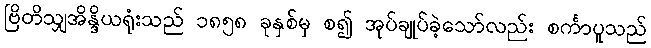
ဗြိတိသျှအိန္ဒိယရုံးသည် ၁၈၅၈ ခုနှစ်မှ စ၍ အုပ်ချုပ်ခဲ့သော်လည်း စင်္ကာပူသည်